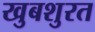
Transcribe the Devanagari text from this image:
खुबशुरत